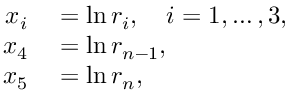
\begin{array} { r l } { x _ { i } } & { { } = \ln { r _ { i } } , \quad i = 1 , \ldots , 3 , } \\ { x _ { 4 } } & { { } = \ln { r _ { n - 1 } } , } \\ { x _ { 5 } } & { { } = \ln { r _ { n } } , } \end{array}